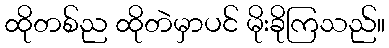
ထိုတစ်ည ထိုတဲမှာပင် မိုးခိုကြသည်။